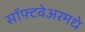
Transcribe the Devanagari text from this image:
सॉफ्टवेअरमधे